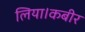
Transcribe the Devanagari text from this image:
लिया।कबीर